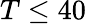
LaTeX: T\le 40